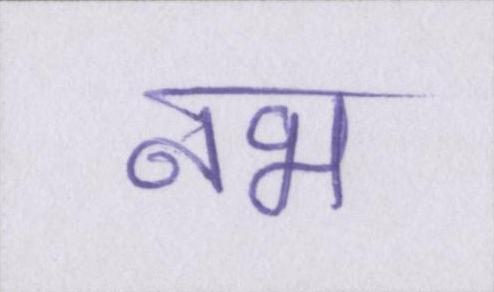
नभ